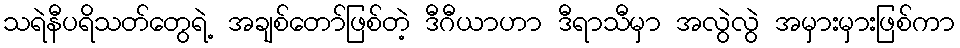
သရဲနီပရိသတ်တွေရဲ့ အချစ်တော်ဖြစ်တဲ့ ဒီဂီယာဟာ ဒီရာသီမှာ အလွဲလွဲ အမှားမှားဖြစ်ကာ